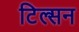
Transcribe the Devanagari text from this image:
टिल्सन